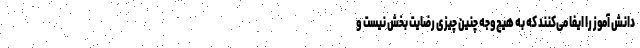
دانش آموز را ایفا می‌کنند که به هیچ‌وجه چنین چیزی رضایت بخش نیست و